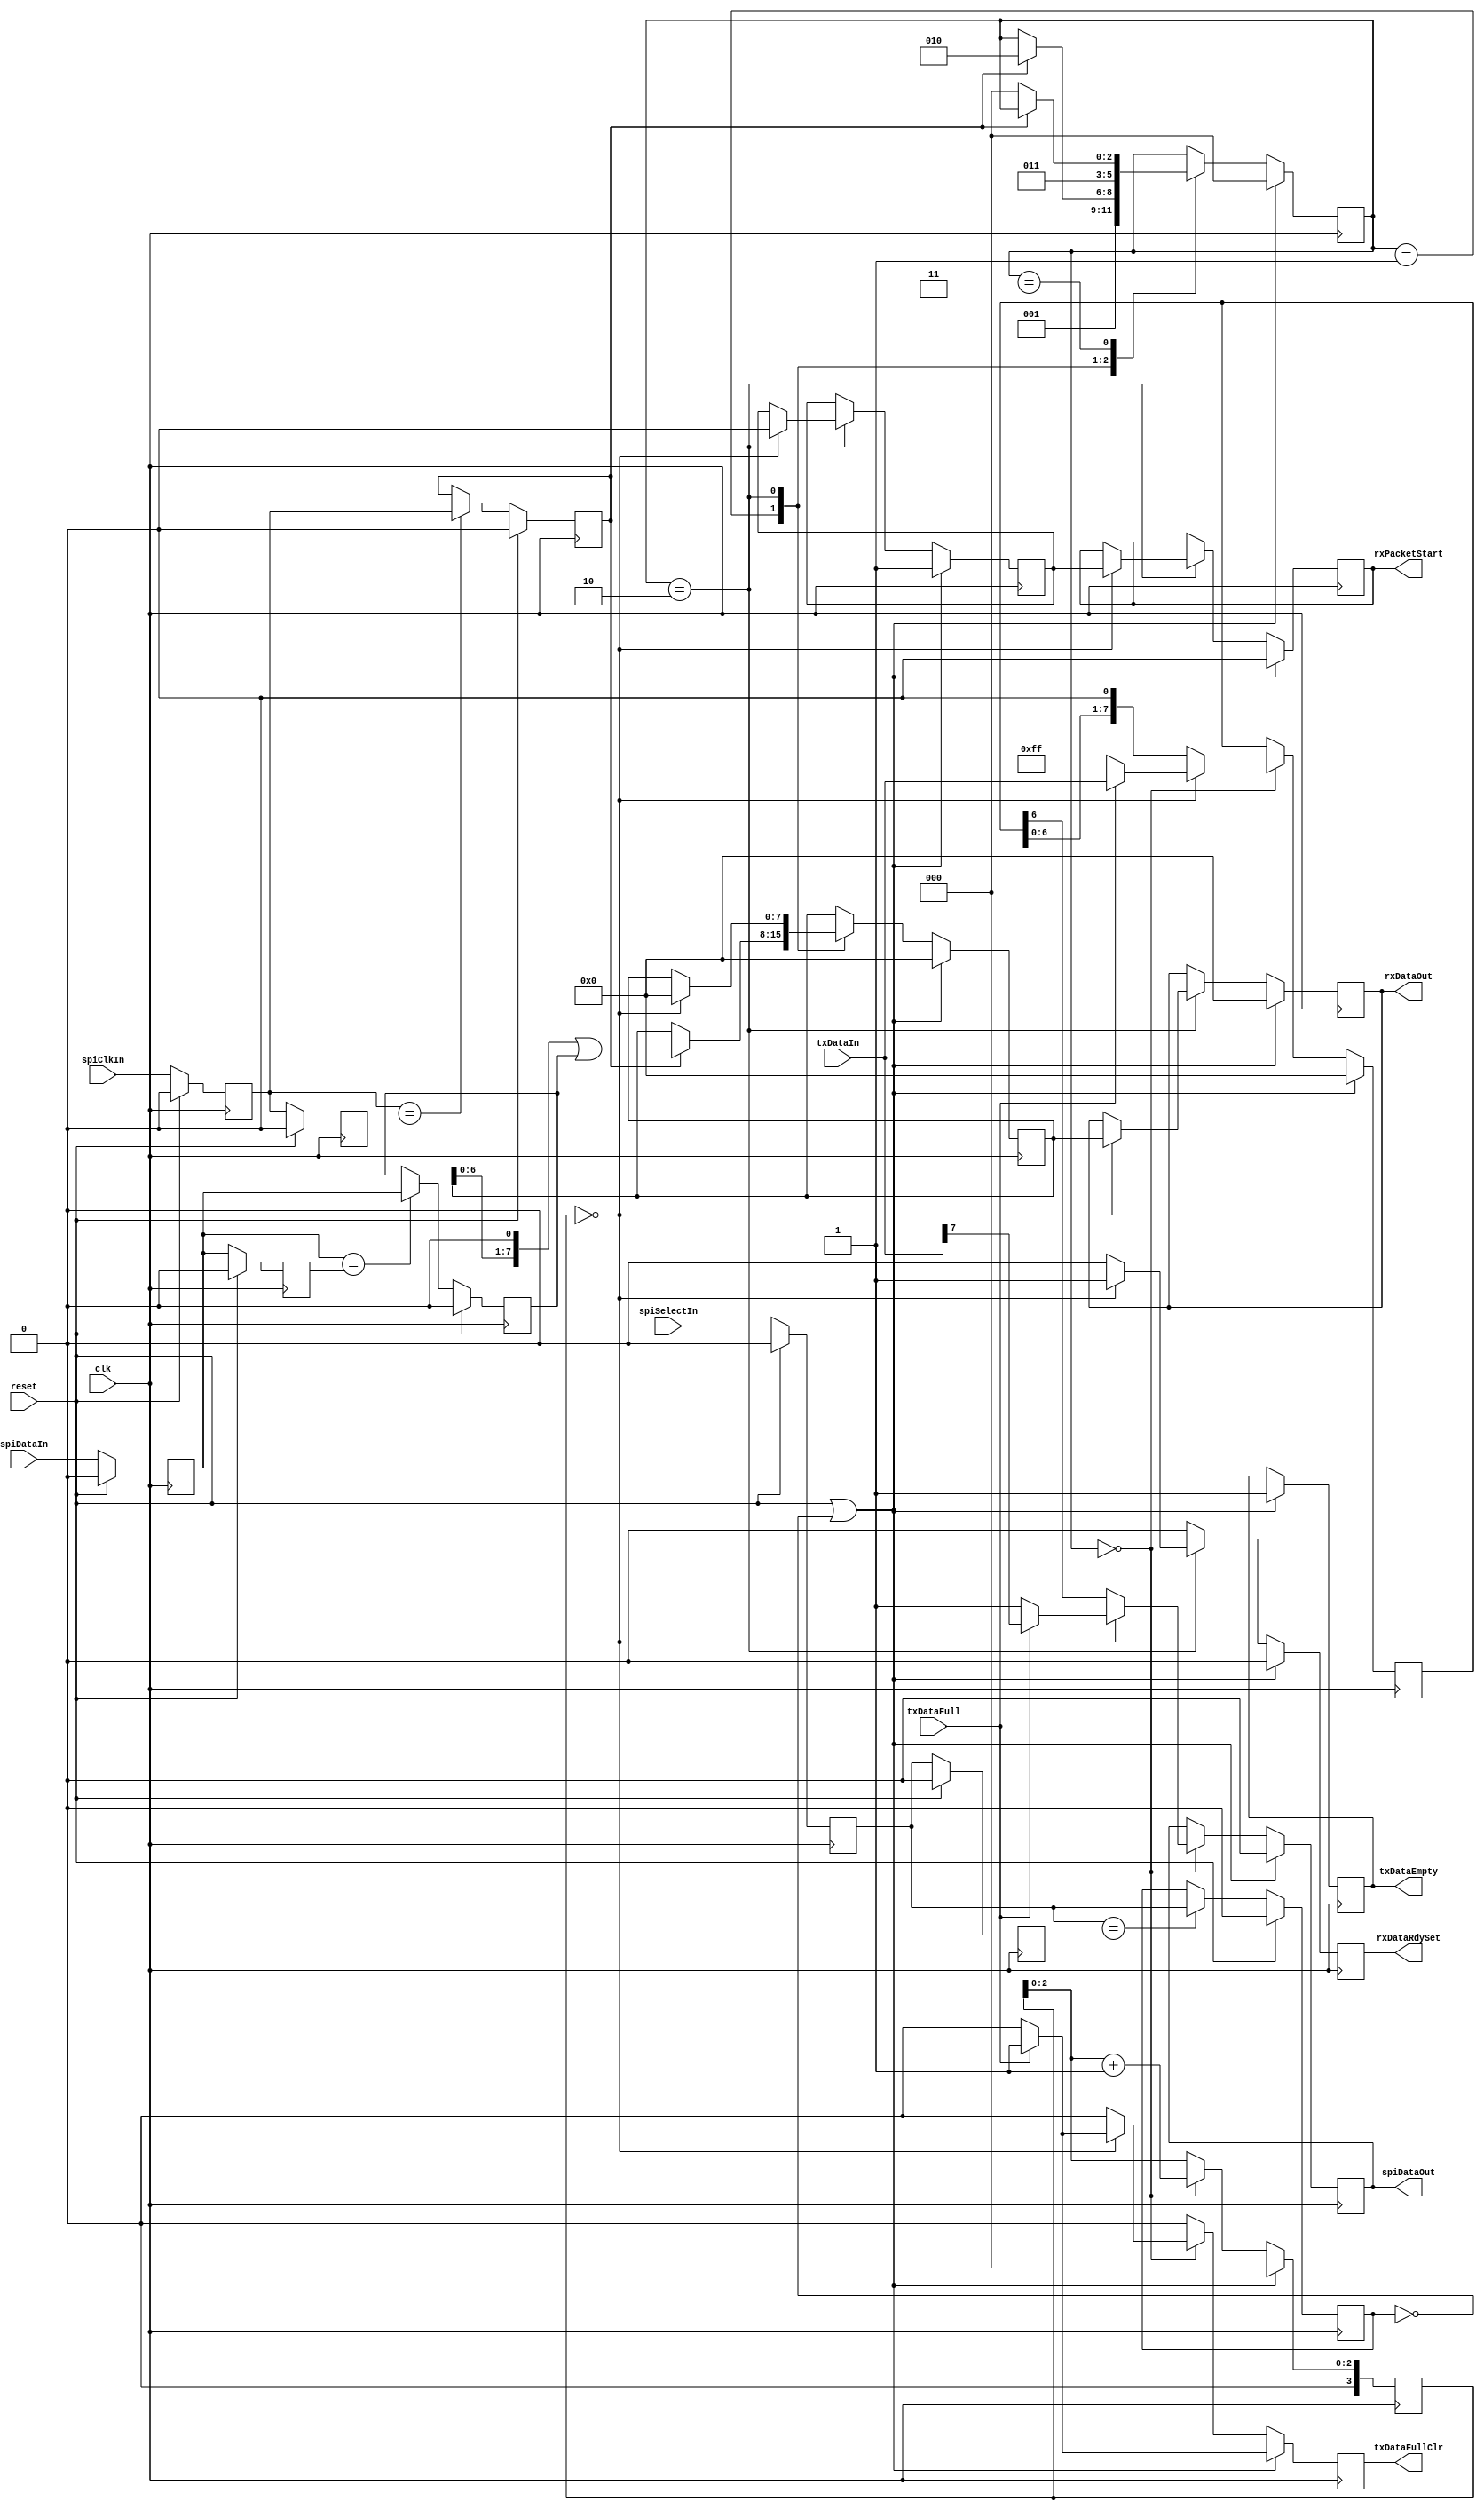
`timescale 1ns / 1ps
//////////////////////////////////////////////////////////////////////////////////
// Company: 
// Engineer: 
// 
// Design Name: 
// Module Name:    spi_slave 
// Project Name: 
// Target Devices: 
// Tool versions: 
// Description: 
//
// Dependencies: 
//
// Revision: 
// Revision 0.01 - File Created
// Additional Comments: 
//
//////////////////////////////////////////////////////////////////////////////////
module spi_slave(
    input clk,
    input reset,
	 
	 // SPI
    input spiDataIn,
    input spiClkIn,
    input spiSelectIn,
    output reg spiDataOut,
	 
	 // TX interface
	 input txDataFull,
	 input [7:0] txDataIn,
	 output reg txDataEmpty,
	 output reg txDataFullClr,
	 
	 // RX Interface
	 output reg [7:0] rxDataOut,
	 output reg rxDataRdySet,
	 output reg rxPacketStart
);

reg reg1_spiDataIn;
reg reg1_spiClkIn;
reg reg1_spiSelectIn;
reg reg2_spiDataIn;
reg reg2_spiClkIn;
reg reg2_spiSelectIn;
reg reg_spiDataIn;
reg reg_spiClkIn;
reg reg_spiSelectIn;

always @(posedge clk)
	begin
		if (reset)
			begin
				reg_spiDataIn <= 0;
				reg_spiClkIn <= 0;
				reg_spiSelectIn <= 0;
				reg1_spiDataIn <= 0;
				reg1_spiClkIn <= 0;
				reg1_spiSelectIn <= 0;
				reg2_spiDataIn <= 0;
				reg2_spiClkIn <= 0;
				reg2_spiSelectIn <= 0;
			end
		else
			begin
				reg1_spiDataIn <= spiDataIn;
				reg1_spiClkIn <= spiClkIn;
				reg1_spiSelectIn <= spiSelectIn;
				reg2_spiDataIn <= reg1_spiDataIn;
				reg2_spiClkIn <= reg1_spiClkIn;
				reg2_spiSelectIn <= reg1_spiSelectIn;
				
				if (reg1_spiDataIn == reg2_spiDataIn)
					reg_spiDataIn <= reg1_spiDataIn;
					
				if (reg1_spiClkIn == reg2_spiClkIn)
					reg_spiClkIn <= reg1_spiClkIn;

				if (reg1_spiSelectIn == reg2_spiSelectIn)
					reg_spiSelectIn <= reg1_spiSelectIn;
			end
	end


reg [2:0] state;
reg [2:0] next_state;
reg next_spiDataOut;
reg next_txDataEmpty;
reg next_txDataFullClr;
reg [7:0] next_rxDataOut;
reg next_rxDataRdySet;
reg next_rxPacketStart;
reg rxPacketStartTmp;
reg next_rxPacketStartTmp;
reg [7:0] rxDataReg;
reg [7:0] next_rxDataReg;
reg [7:0] txDataReg;
reg [7:0] next_txDataReg;
reg [3:0] bitcnt;
reg [2:0] next_bitcnt;


`define STATE_WAIT_HI_0 0
`define STATE_WAIT_HI_1 1
`define STATE_WAIT_LO_0 2
`define STATE_WAIT_LO_1 3

always @(state or reset or spiDataOut or reg_spiDataIn or reg_spiClkIn or reg_spiSelectIn or txDataFull or txDataEmpty or txDataIn or txDataReg or rxDataOut or rxDataReg or bitcnt or rxPacketStart or rxPacketStartTmp)
	begin
		next_state <= state;
		next_spiDataOut <= spiDataOut;
		next_txDataEmpty <= txDataEmpty;
		next_txDataFullClr <= 0;
		next_rxDataOut <= rxDataOut;
		next_rxDataRdySet <= 0;
		next_rxPacketStart <= rxPacketStart;
		next_rxPacketStartTmp <= rxPacketStartTmp;
		next_rxDataReg <= rxDataReg;
		next_txDataReg <= txDataReg;
		next_bitcnt <= bitcnt;
		if (reset || !reg_spiSelectIn)
			begin
				next_state <= `STATE_WAIT_HI_0;
				next_spiDataOut <= 0;
				next_txDataEmpty <= 1;
				next_rxDataOut <= 0;
				next_rxPacketStart <= 0;
				next_rxPacketStartTmp <= 1;
				next_rxDataReg <= 0;
				next_txDataReg <= 0;
				next_bitcnt <= 0;
				if (txDataFull)
					next_txDataFullClr <= 1;
			end
		else
			case (state)
				`STATE_WAIT_HI_0: begin
					if (bitcnt == 0)
						begin
							if (txDataFull)
								begin
									next_txDataReg <= txDataIn;
									next_txDataFullClr <= 1;
									next_spiDataOut <= txDataIn[7];
								end
							else
								begin
									next_txDataReg <= 255;
									next_spiDataOut <= 1;
								end
						end
					else
						begin
							next_spiDataOut <= txDataReg[6];
							next_txDataReg <= txDataReg[6:0] << 1;
						end
						
					next_bitcnt <= bitcnt + 1;			
					next_state <= `STATE_WAIT_HI_1;
				end
				`STATE_WAIT_HI_1: begin
					if (reg_spiClkIn)
						begin
							next_state <= `STATE_WAIT_LO_0;
							next_rxDataReg <= rxDataReg[6:0] << 1 | reg_spiDataIn;
						end
				end
				`STATE_WAIT_LO_0: begin
					if (bitcnt == 0)
						begin
							next_rxDataOut <= rxDataReg;
							next_rxDataReg <= 0;
							next_rxDataRdySet <= 1;
							next_rxPacketStart <= rxPacketStartTmp;
							next_rxPacketStartTmp <= 0;
						end
					next_state <= `STATE_WAIT_LO_1;
				end
				`STATE_WAIT_LO_1: begin
					if (!reg_spiClkIn)
						begin
							next_state <= `STATE_WAIT_HI_0;
						end
				end
			endcase
	end

always @(posedge clk)
	begin
		state <= next_state;
		spiDataOut <= next_spiDataOut;
		txDataEmpty <= next_txDataEmpty;
		txDataFullClr <= next_txDataFullClr;
		rxDataOut <= next_rxDataOut;
		rxDataRdySet <= next_rxDataRdySet;
		rxPacketStart <= next_rxPacketStart;
		rxPacketStartTmp <= next_rxPacketStartTmp;
		rxDataReg <= next_rxDataReg;
		txDataReg <= next_txDataReg;
		bitcnt <= next_bitcnt;
	end
	

endmodule